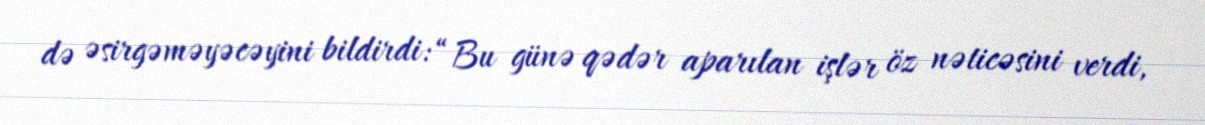
də əsirgəməyəcəyini bildirdi: “Bu günə qədər aparılan işlər öz nəticəsini verdi,